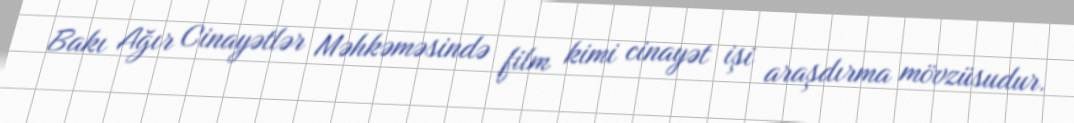
Bakı Ağır Cinayətlər Məhkəməsində film kimi cinayət işi araşdırma mövzüsudur.